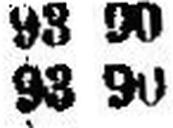
93 90